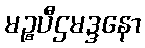
မဉ္စပီဌမဒ္ဒနော